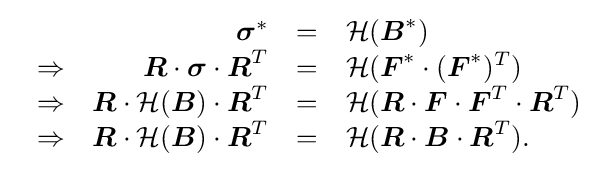
\ {\begin{array}{rrcl}&{\boldsymbol {\sigma }}^{*}&=&{\mathcal {H}}({\boldsymbol {B}}^{*})\\\Rightarrow &{\boldsymbol {R}}\cdot {\boldsymbol {\sigma }}\cdot {\boldsymbol {R}}^{T}&=&{\mathcal {H}}({\boldsymbol {F}}^{*}\cdot ({\boldsymbol {F}}^{*})^{T})\\\Rightarrow &{\boldsymbol {R}}\cdot {\mathcal {H}}({\boldsymbol {B}})\cdot {\boldsymbol {R}}^{T}&=&{\mathcal {H}}({\boldsymbol {R}}\cdot {\boldsymbol {F}}\cdot {\boldsymbol {F}}^{T}\cdot {\boldsymbol {R}}^{T})\\\Rightarrow &{\boldsymbol {R}}\cdot {\mathcal {H}}({\boldsymbol {B}})\cdot {\boldsymbol {R}}^{T}&=&{\mathcal {H}}({\boldsymbol {R}}\cdot {\boldsymbol {B}}\cdot {\boldsymbol {R}}^{T}).\end{array}}